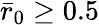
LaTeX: \bar{r}_{0}\geq 0.5